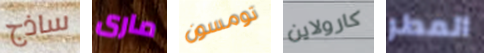
ساذج مارى تومسون كارولاين المطر